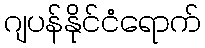
ဂျပန်နိုင်ငံရောက်